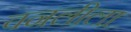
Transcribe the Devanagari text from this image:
वनलीला